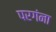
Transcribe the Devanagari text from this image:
परगंना